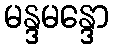
မန္ဒမန္ဒော